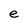
Character: e